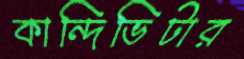
কান্দিভিটার